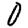
Digit: 0